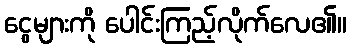
ငွေများကို ပေါင်းကြည့်လိုက်လေ၏။